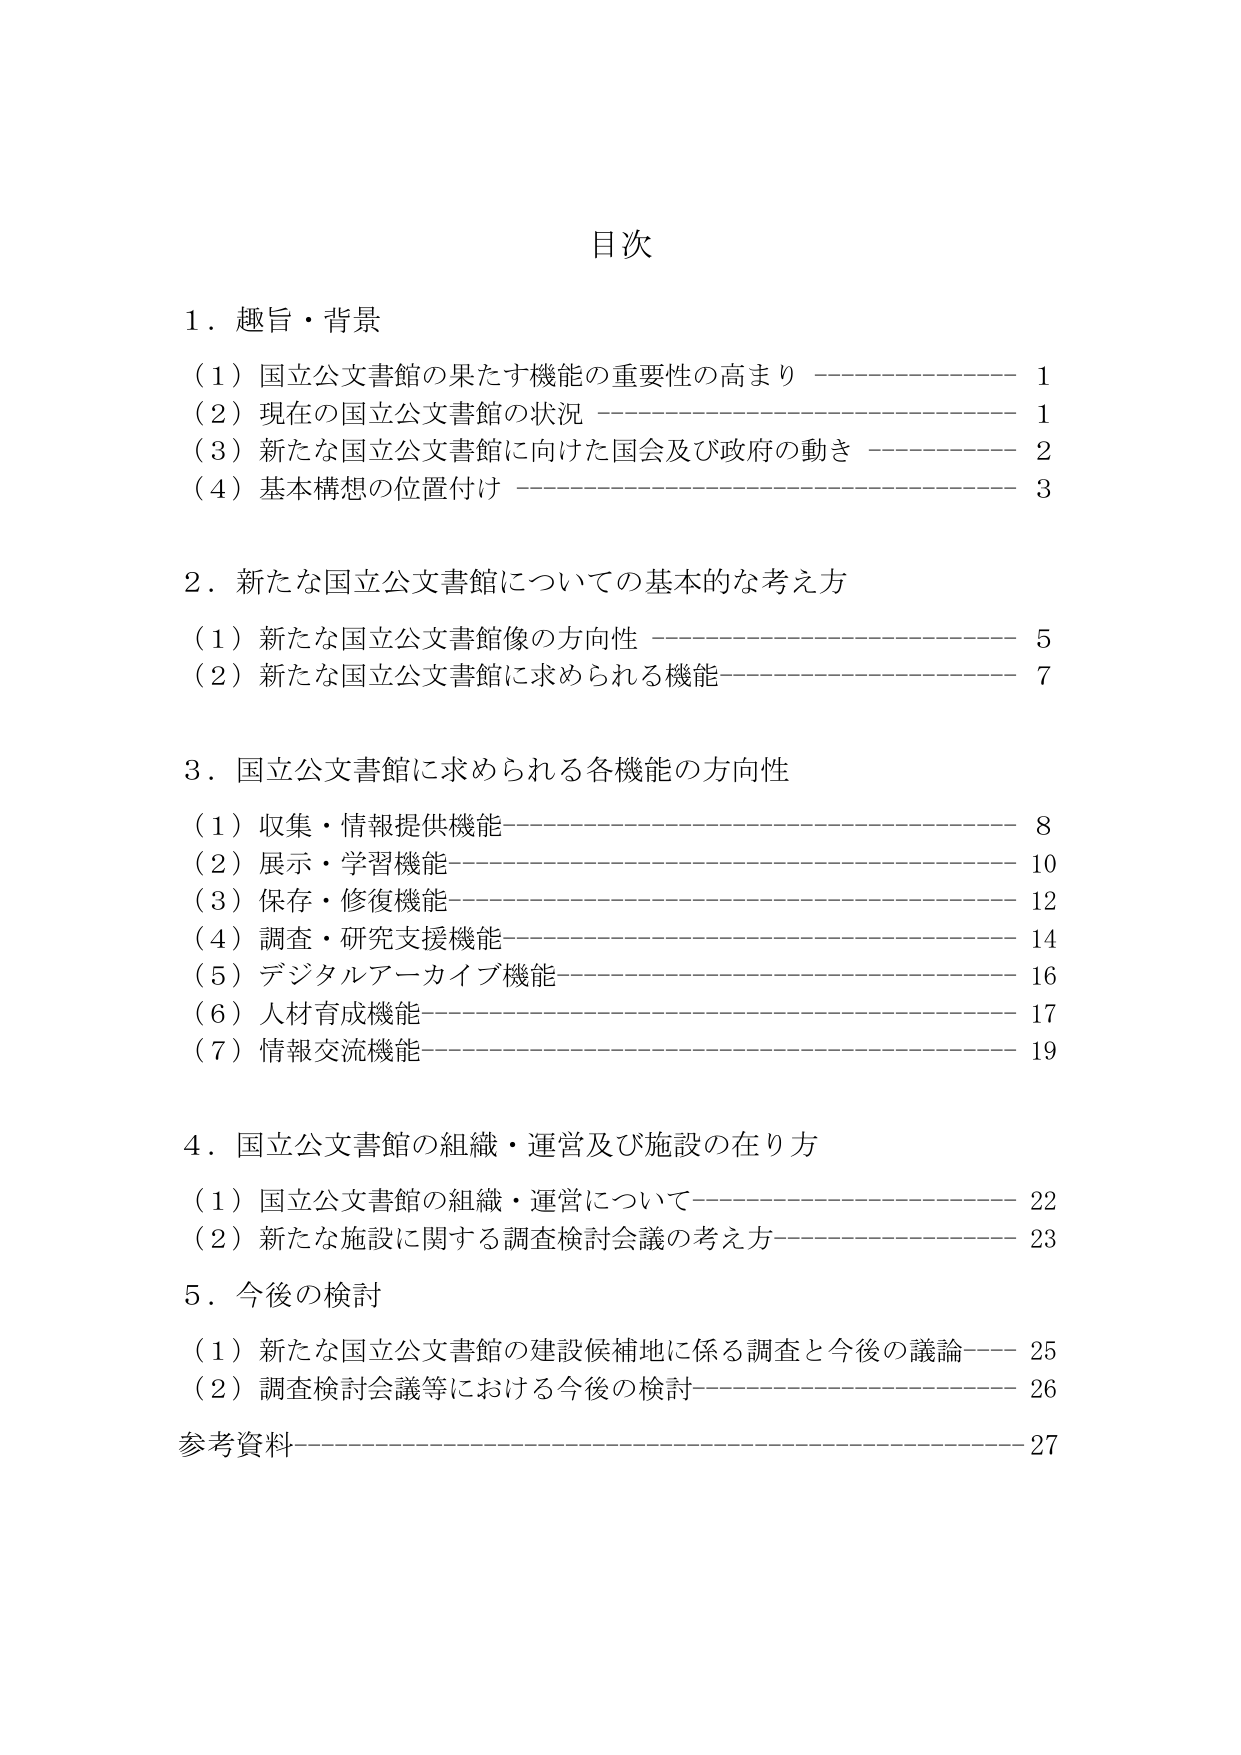
目次

１．趣旨・背景
（１）国立公文書館の果たす機能の重要性の高まり ———————————— 1
（２）現在の国立公文書館の状況 ———————————————— 1
（３）新たな国立公文書館に向けた国会及び政府の動き —————————— 2
（４）基本構想の位置付け ———————————————— 3

２．新たな国立公文書館についての基本的な考え方
（１）新たな国立公文書館像の方向性 ———————————————— 5
（２）新たな国立公文書館に求められる機能 ———————————————— 7

３．国立公文書館に求められる各機能の方向性
（１）収集・情報提供機能 ———————————————— 8
（２）展示・学習機能 ———————————————— 10
（３）保存・修復機能 ———————————————— 12
（４）調査・研究支援機能 ———————————————— 14
（５）デジタルアーカイブ機能 ———————————————— 16
（６）人材育成機能 ———————————————— 17
（７）情報交流機能 ———————————————— 19

４．国立公文書館の組織・運営及び施設の在り方
（１）国立公文書館の組織・運営について ———————————————— 22
（２）新たな施設に関する調査検討会議の考え方 ———————————————— 23

５．今後の検討
（１）新たな国立公文書館の建設候補地に係る調査と今後の議論 ———————— 25
（２）調査検討会議等における今後の検討 ———————————————— 26

参考資料 ———————————————— 27